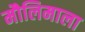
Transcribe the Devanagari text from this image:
मौलिमाला